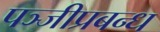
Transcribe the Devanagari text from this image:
पञ्जीप्रबन्ध